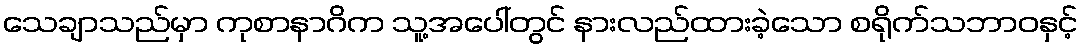
သေချာသည်မှာ ကုစာနာဂိက သူ့အပေါ်တွင် နားလည်ထားခဲ့သော စရိုက်သဘာဝနှင့်